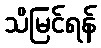
သိမြင်ရန်